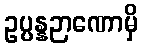
ဥပ္ပန္နဉာဏောမှိ